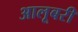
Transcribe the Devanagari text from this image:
आलूबरी